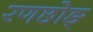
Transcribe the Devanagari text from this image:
रणछोङ्